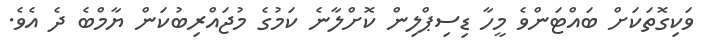
ވަކިގޮތަކަށް ބައްޓަންވެ މީހާ ޑިސިޕްލިން ކޮށްލާނެ ކަމުގެ މުޖައްރިބުކަން ޔާމްބެ ދެ އެވެ.